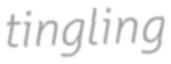
tingling